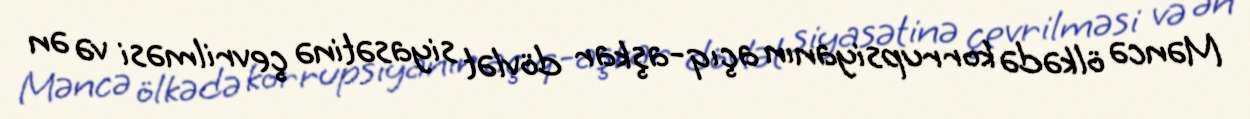
Məncə ölkədə korrupsiyanın açıq-aşkar dövlət siyasətinə çevrilməsi və ən